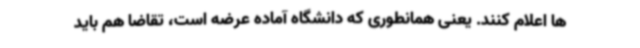
ها اعلام کنند. یعنی همانطوری که دانشگاه آماده عرضه است، تقاضا هم باید